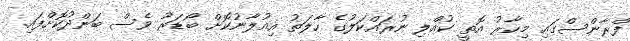
ފްރާންސްގައި މިހާރު އޮތީ ކުއްލި ނުރައްކަލުގެ ހާލަތު އިއުލާނުކޮށް ބޯޑަރު ވެސް ބަންދުކޮށްފައި.